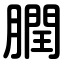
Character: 膶